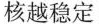
核越稳定